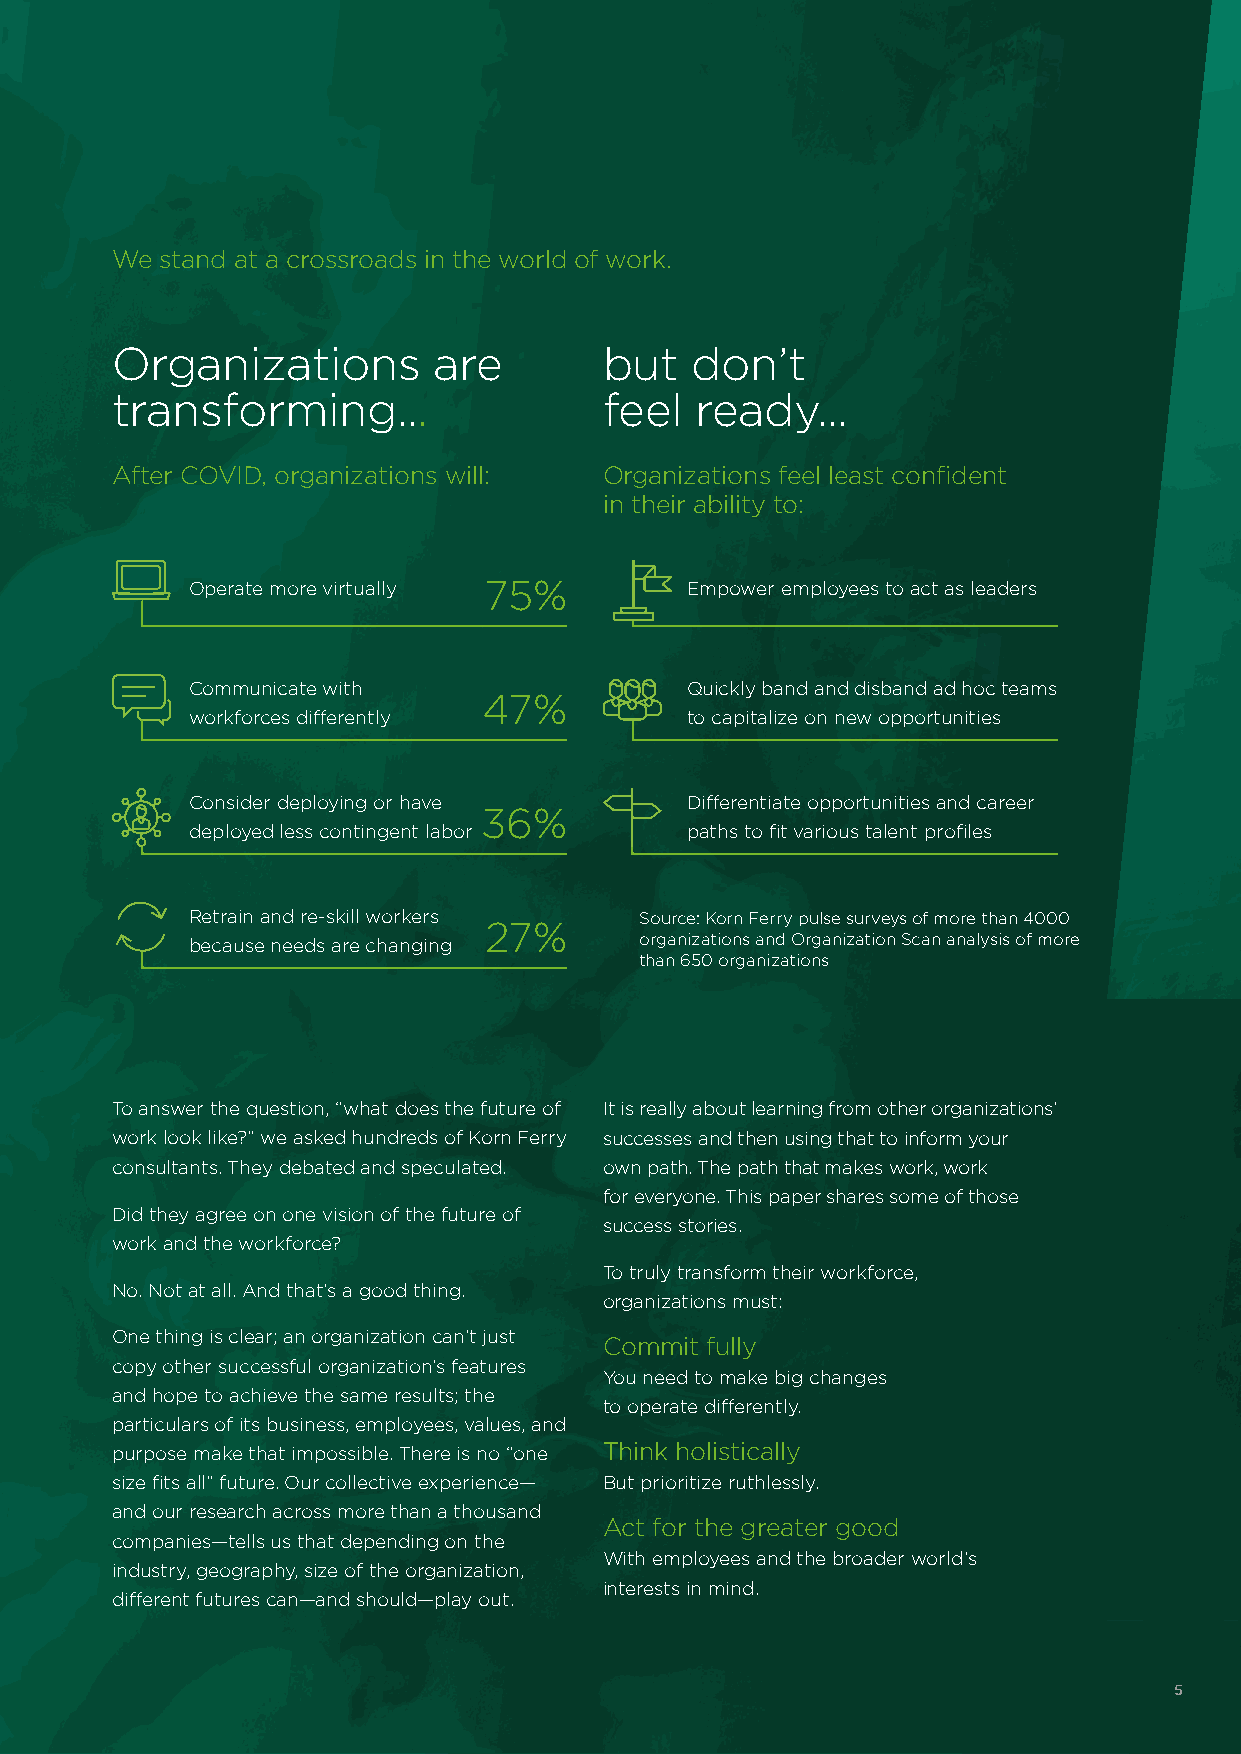
We  stand at a crossroads in the world of work.
 Organizations         are        but   don’t
 transforming...                  feel  ready...
 After COVID, organizations will: Organizations feel least confident
 in their ability to:
 Operate more virtually 75%      Empower employees to act as leaders
 Communicate with                Quickly band and disband ad hoc teams
 47%
 workforces differently          to capitalize on new opportunities
 Consider deploying or have      Differentiate opportunities and career
 36%
 deployed less contingent labor  paths to fit various talent profiles
 Retrain and re-skill workers Source: Korn Ferry pulse surveys of more than 4000
 27%
 because needs are changing   organizations and Organization Scan analysis of more
 than 650 organizations
 To answer the question, “what does the future of It is really about learning from other organizations’
 work look like?” we asked hundreds of Korn Ferry successes and then using that to inform your
 consultants. They debated and speculated. own path. The path that makes work, work
 for everyone. This paper shares some of those
 Did they agree on one vision of the future of
 success stories.
 work and the workforce?
 To truly transform their workforce,
 No. Not at all. And that’s a good thing.
 organizations must:
 One thing is clear; an organization can’t just
 Commit fully
 copy other successful organization’s features
 You need to make big changes
 and hope to achieve the same results; the
 to operate differently.
 particulars of its business, employees, values, and
 purpose make that impossible. There is no “one Think holistically
 size fits all” future. Our collective experience— But prioritize ruthlessly.
 and our research across more than a thousand
 Act for the greater good
 companies—tells us that depending on the
 With employees and the broader world’s
 industry, geography, size of the organization,
 interests in mind.
 different futures can—and should—play out.
 5